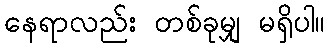
နေရာလည်း တစ်ခုမျှ မရှိပါ။